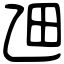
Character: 乪